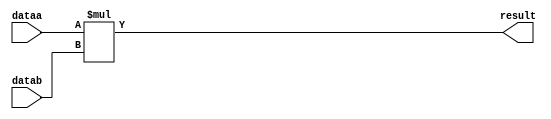
module  mult_9rr
	( 
	dataa,
	datab,
	result) /* synthesis synthesis_clearbox=1 */;
	input   [23:0]  dataa;
	input   [23:0]  datab;
	output   [47:0]  result;

	wire	[23:0]	dataa_wire;
	wire	[23:0]	datab_wire;
	wire	[47:0]	result_wire;



	assign dataa_wire = dataa;
	assign datab_wire = datab;
	assign result_wire = dataa_wire * datab_wire;
	assign result = ({result_wire[47:0]});

endmodule